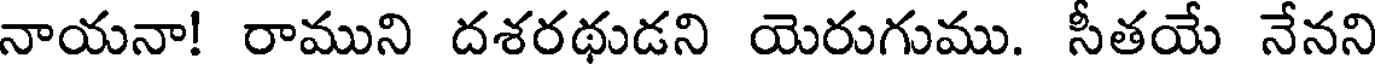
నాయనా! రాముని దశరథుడని యెరుగుము. సీతయే నేనని